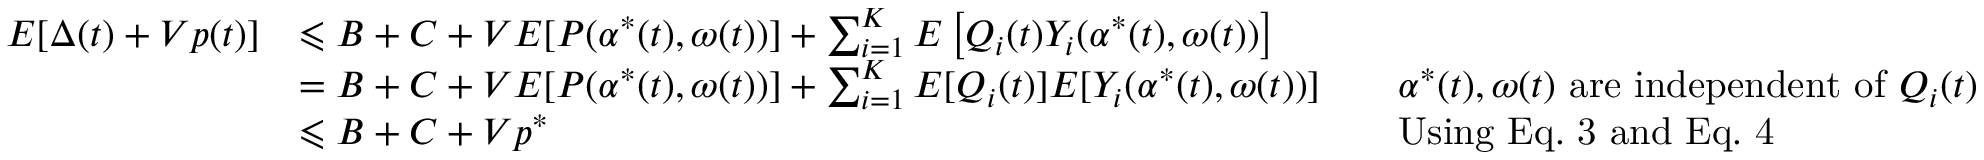
{ \begin{array} { r l r l } { E [ \Delta ( t ) + V p ( t ) ] } & { \leqslant B + C + V E [ P ( \alpha ^ { * } ( t ) , \omega ( t ) ) ] + \sum _ { i = 1 } ^ { K } E \left[ Q _ { i } ( t ) Y _ { i } ( \alpha ^ { * } ( t ) , \omega ( t ) ) \right] } \\ & { = B + C + V E [ P ( \alpha ^ { * } ( t ) , \omega ( t ) ) ] + \sum _ { i = 1 } ^ { K } E [ Q _ { i } ( t ) ] E [ Y _ { i } ( \alpha ^ { * } ( t ) , \omega ( t ) ) ] } & & { \alpha ^ { * } ( t ) , \omega ( t ) { \mathrm { ~ a r e ~ i n d e p e n d e n t ~ o f ~ } } Q _ { i } ( t ) } \\ & { \leqslant B + C + V p ^ { * } } & & { { \mathrm { U s i n g ~ E q . ~ 3 ~ a n d ~ E q . ~ 4 } } } \end{array} }